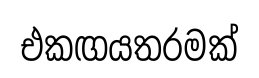
එකඟයතරමක්